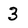
Character: 3